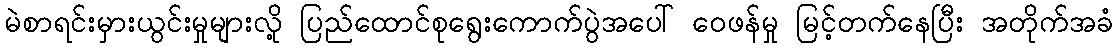
မဲစာရင်းမှားယွင်းမှုများလို့ ပြည်ထောင်စုရွေးကောက်ပွဲအပေါ် ဝေဖန်မှု မြင့်တက်နေပြီး အတိုက်အခံ